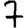
Digit: 7